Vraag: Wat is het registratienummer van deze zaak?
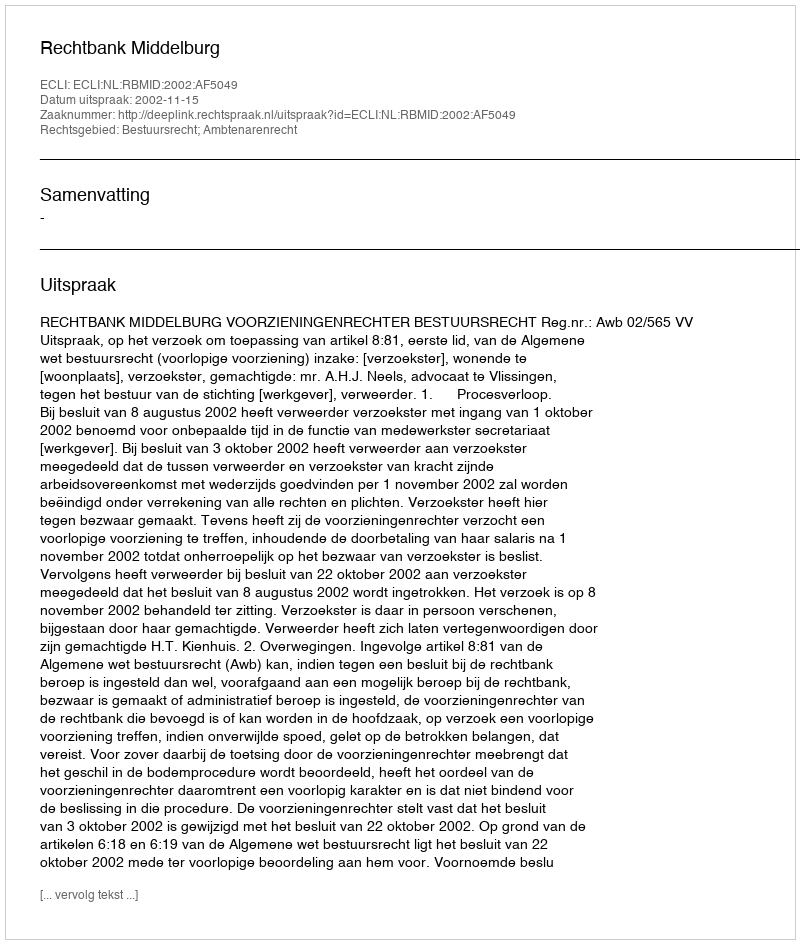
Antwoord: http://deeplink.rechtspraak.nl/uitspraak?id=ECLI:NL:RBMID:2002:AF5049